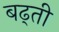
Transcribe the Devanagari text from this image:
बढ्ती